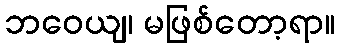
ဘဝေယျ၊ မဖြစ်တော့ရာ။